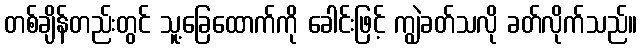
တစ်ချိန်တည်းတွင် သူ့ခြေထောက်ကို ခေါင်းဖြင့် ကျွဲခတ်သလို ခတ်လိုက်သည်။